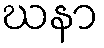
ဃနာ